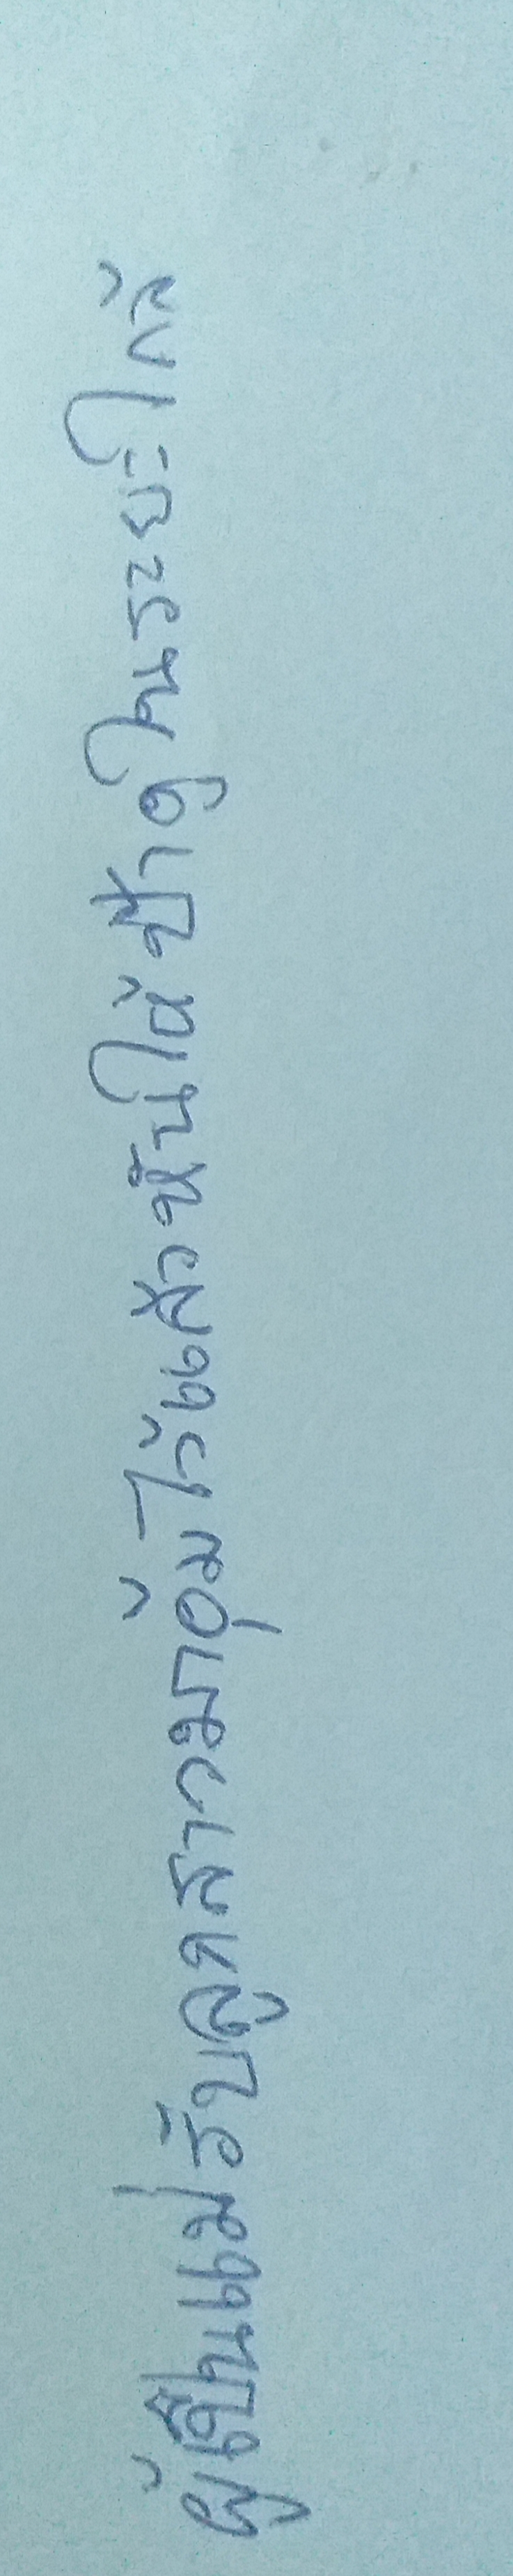
ผู้เป็นแม่รับลูกสาวมาอุ้มไว้แล้วหันให้ป้าดูในระยะใกล้